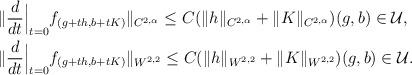
LaTeX: \begin{align*} &\|\frac{d}{dt}\Big|_{t=0}f_{(g+th,b+tK)}\|_{C^{2,\alpha}}\leq C(\|h\|_{C^{2,\alpha}}+\|K\|_{C^{2,\alpha}})(g,b)\in\mathcal{U}, \\& \|\frac{d}{dt}\Big|_{t=0}f_{(g+th,b+tK)}\|_{W^{2,2}}\leq C(\|h\|_{W^{2,2}}+\|K\|_{W^{2,2}})(g,b)\in\mathcal{U}.\end{align*}